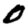
Digit: 0